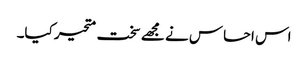
اس احساس نے مجھے سخت متحیر کیا۔